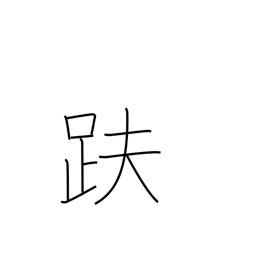
Meaning: sitting in the lotus position